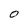
Character: 0